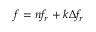
f = n f _ { r } + k \Delta f _ { r }